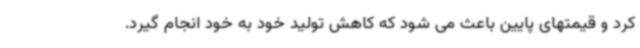
کرد و قیمتهای پایین باعث می شود که کاهش تولید خود به خود انجام گیرد.